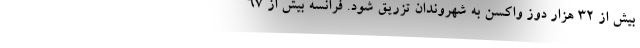
بیش از 32 هزار دوز واکسن به شهروندان تزریق شود. فرانسه بیش از 67